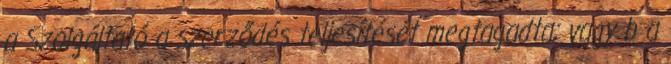
a Szolgáltató a szerződés teljesítését megtagadta; vagy b a